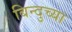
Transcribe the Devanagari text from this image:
बिन्दुच्या